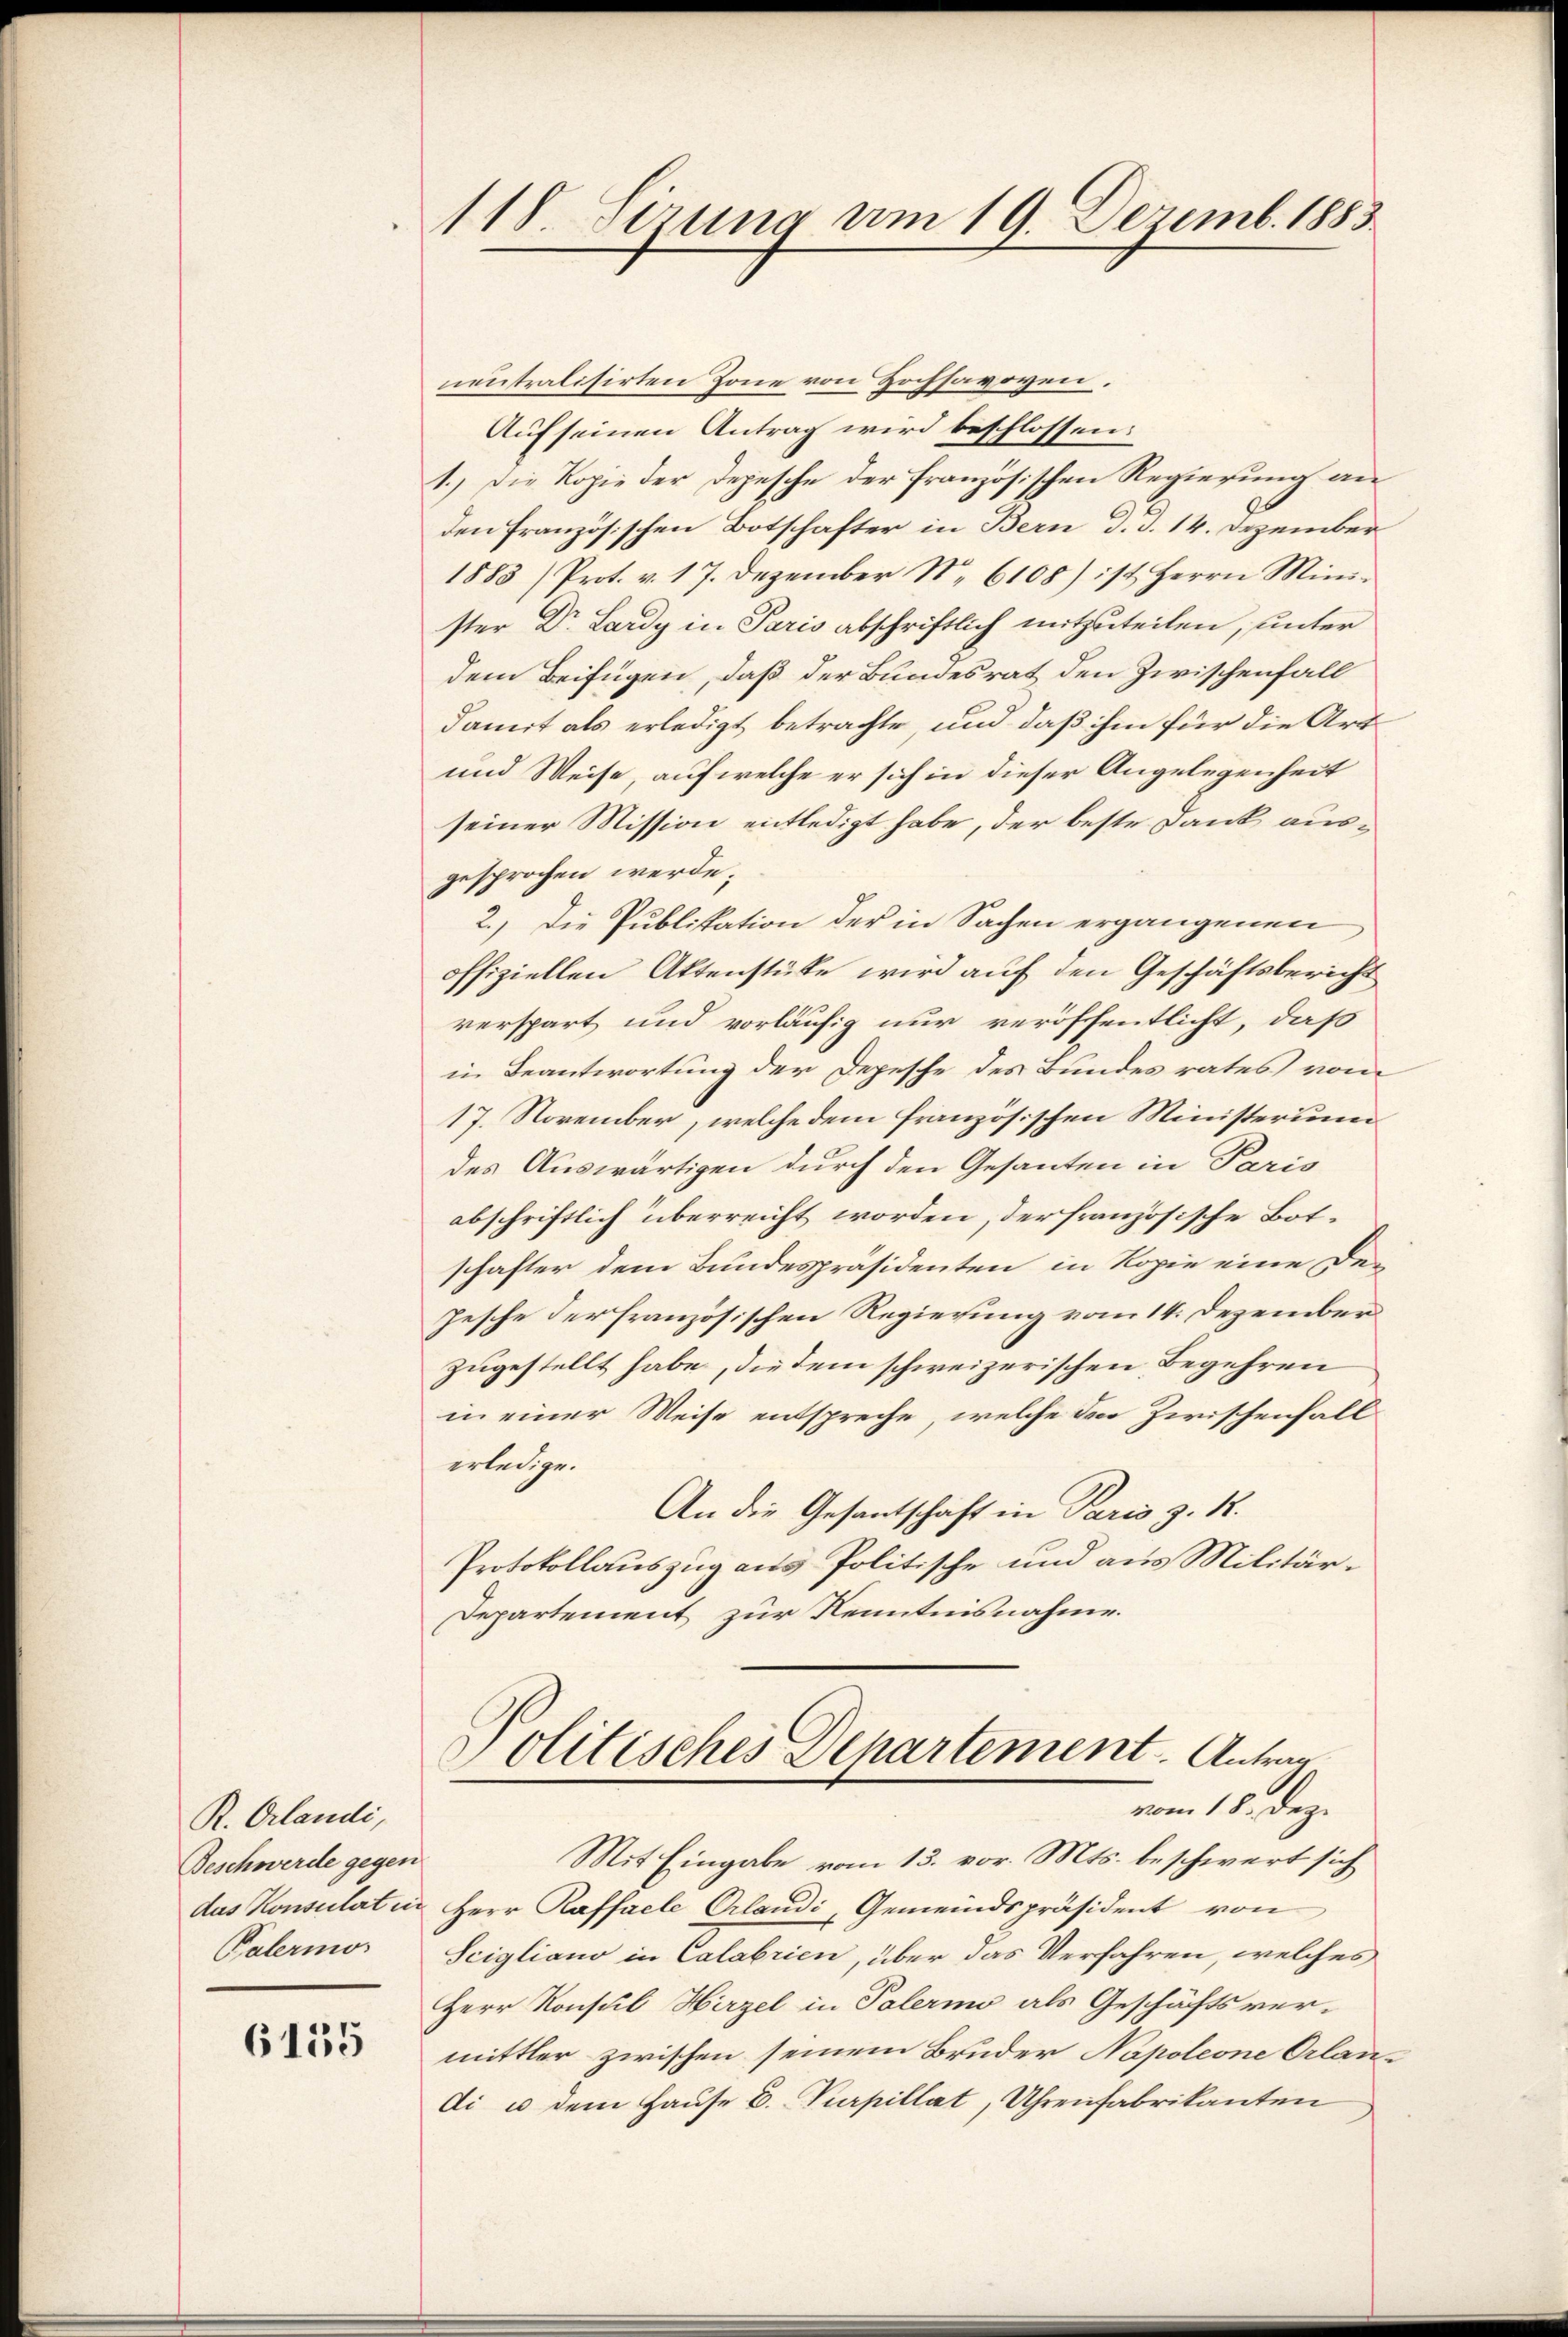
R. Orlandi,
Beschwerde gegen
dus Konsulat in
Palermor

6155

118. Sezung am 19. Dezemb. 1883

neutralisirten Zone von Hochsavoyen.
Auf seinen Antrag wird beschlossen:
1.) Die Kopie der Depesche der französischen Regierung an
den französischen Botschafter in Bern d. d. 14. Dezember
1883/Prot. v. 17. Dezember Nr. 6108) ist Herrn Mini-
ster Dr. Lardy in Paris abschriftlich mitzuteilen, unter
dem Beifügen, daß der Bundesrat den Zwischenfall
damit als erledigt betrachte und daß ihm für die Art
und Weise, auf welche er sich in dieser Angelegenheit
seiner Mission entledigt habe, der beste Dank ausgesprochen werde;
2.) Die Publikation der in Sachen ergangenen
offiziellen Aktenstüke wird auf den Geschäftsbericht
verspart und vorläufig nur veröffentlicht, daß
in Beantwortung der Depesche des Bundesrates vom
17. November, welche dem französischen Ministerium
des Auswärtigen durch den Gesanten in Paris
abschriftlich überreicht worden, der französische Botschafter dem Bundespräsidenten in Kopie eine De-
Jesche der französischen Regierung vom 14. Dezember
zugestellt habe, die dem schweizerischen Begehren
in einer Weise entspreche, welche der Zwischenfall
erledige.
An die Gesantschaft in Paris z. R.
Protokollauszug aus Politische und aus Militär¬
Departement zur Kenntnisnahme.

Politisches Departement. Antrag
vom 18. Dez.

Mit Eingabe vom 13. vor. Mts. beschwert sich
Herr Raffacle Claudi Gemeindspräsident von
Scigliano in Calabrien, über das Verfahren, welches
Herr Konsul Hirzel in Palermo als Geschäftsver-
mittler zwischen seinem Bruder Napoleone Orlandi u dem Hause E. Purpillat, Uhrenfabrikanten